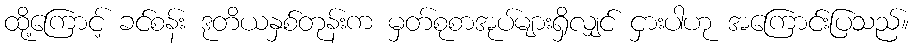
ထို့ကြောင့် ခင်စန်း ဒုတိယနှစ်တုန်းက မှတ်စုစာအုပ်များရှိလျှင် ငှားပါဟု အကြောင်းပြသည်။